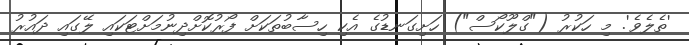
'ތެލެވެ'. މި ހަކުރު ("ގްލޫކޯސް") ހަށިގަނޑުގެ އެކި ހިސާބުތަކަށް ފޯރުކޮށްދިނުމަށްޓަކައި ލޭގައި ދައުރު